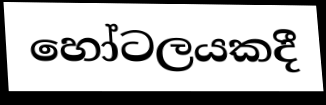
හෝටලයකදී